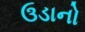
ઉડાનો